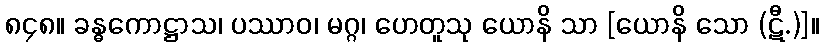
၈၄၈။ ခန္ဓကောဋ္ဌာသ၊ ပဿာဝ၊ မဂ္ဂ၊ ဟေတူသု ယောနိ သာ [ယောနိ သော (ဋီ.)]။